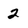
Character: 2